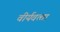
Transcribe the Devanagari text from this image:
वीर्यवत्‍ता